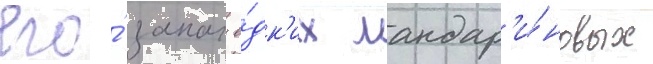
его́ запах е́дк'их мандар'и́новых